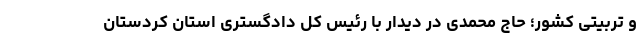
و تربیتی کشور؛ حاج محمدی در دیدار با رئیس کل دادگستری استان کردستان